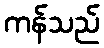
ကန်သည်